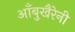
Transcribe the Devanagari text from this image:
आँबुखैरेनी